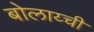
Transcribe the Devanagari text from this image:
बोलाय्ची